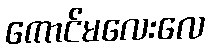
ကောင်မလေးလေ